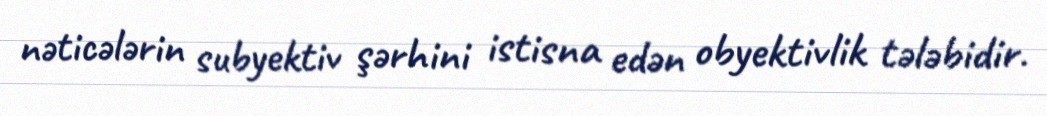
nəticələrin subyektiv şərhini istisna edən obyektivlik tələbidir.